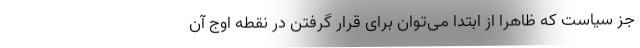
جز سیاست که ظاهراً از ابتدا می‌توان برای قرار گرفتن در نقطه اوج آن